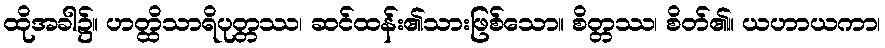
ထိုအခါ၌။ ဟတ္ထိသာရိပုတ္တဿ၊ ဆင်ထန်း၏သားဖြစ်သော။ စိတ္တဿ၊ စိတ်၏။ ယဟာယကာ၊